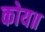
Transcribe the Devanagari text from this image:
कोय॥